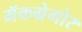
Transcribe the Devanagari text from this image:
मॅकग्रेगोर